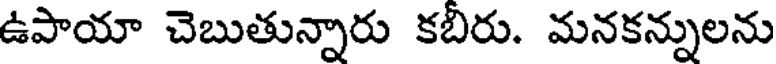
ఉపాయా చెబుతున్నారు కబిరు. మనకన్నులను